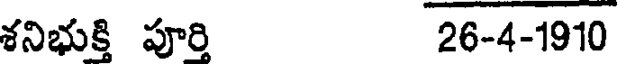
శనిభుక్తి పూర్తి 26-4-1910